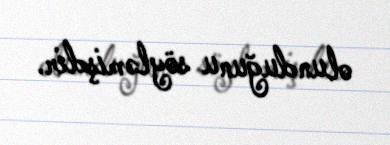
olunduğunu söyləmişdir.